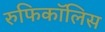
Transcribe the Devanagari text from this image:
रुफिकॉलिस